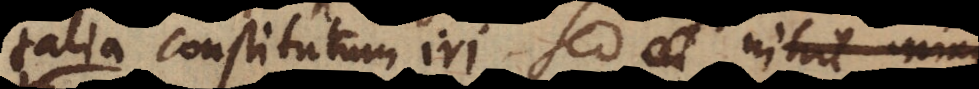
talia constitutum iri, sed nihil minus